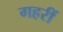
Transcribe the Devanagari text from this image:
गहरीं